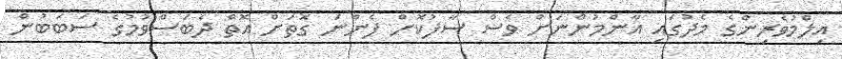
އިލްމުވެރިންގެ މެދުގައި އާންމުންނަށް ވެސް ސާފުކޮށް ފެންނަ ގޮތަށް އޮތް ދެބަސްވުމުގެ ސަބަބުން